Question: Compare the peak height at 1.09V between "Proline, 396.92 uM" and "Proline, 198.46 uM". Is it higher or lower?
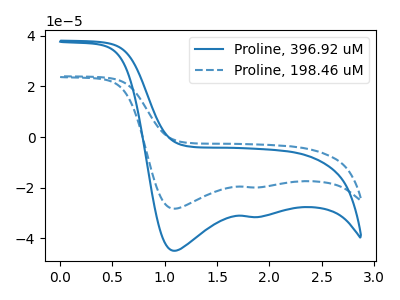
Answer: <think>The blue curve "Proline, 396.92 uM" has cathodic peaks at (1.10V, -44.85uA) (1.85V, -31.55uA). The blue dashed curve "Proline, 198.46 uM" has cathodic peaks at (1.10V, -28.25uA) (1.85V, -19.85uA).</think>
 <answer>The peak at 1.09V is higher in "Proline, 396.92 uM" than in "Proline, 198.46 uM".</answer>
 <eval>higher</eval>